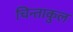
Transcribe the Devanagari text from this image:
चिन्ताकुल